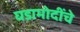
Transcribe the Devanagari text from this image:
घडामोदींचे